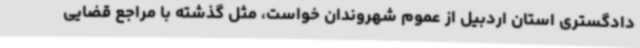
دادگستری استان اردبیل از عموم شهروندان خواست، مثل گذشته با مراجع قضایی